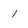
Character: 1